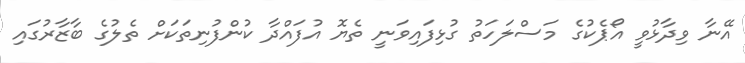
އޭނާ ވިދާޅުވީ އޯޕެކުގެ މަސްލަހަތު ގުޅިފައިވަނީ ތެޔޮ އުފައްދާ ކުންފުނިތަކަށް ތެލުގެ ބާޒާރުގައި